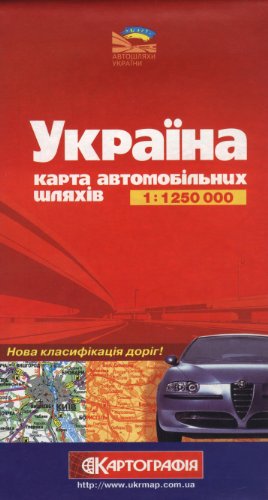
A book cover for Ukraine & Moldova 1:1,250,000 Road Map with city plans; Kartografija; Travel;